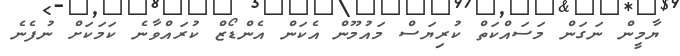
ޔާމީން ނަގަން މަސައްކަތް ކުރިޔަސް މައުމޫން އެކަން އެންޑޯޒް ކުރައްވާނެ ކަމަކަށް ނުފެނެ